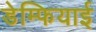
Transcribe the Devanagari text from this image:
डेम्फियाई